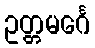
ဥတ္တမင်္ဂေ